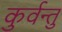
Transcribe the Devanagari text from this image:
कुर्वन्तु